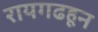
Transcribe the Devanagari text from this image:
रायगढहून